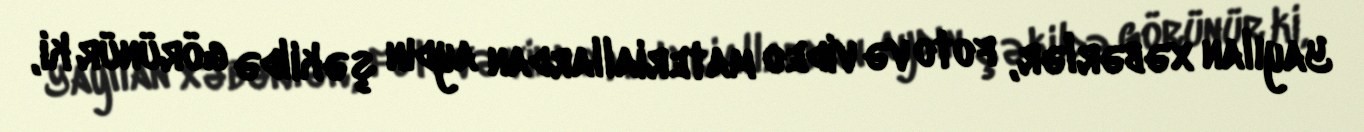
Yayılan xəbərlər, foto və video materiallardan aydın şəkildə görünür ki,